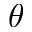
\theta